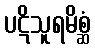
ပဋိသူရမိစ္ဆံ